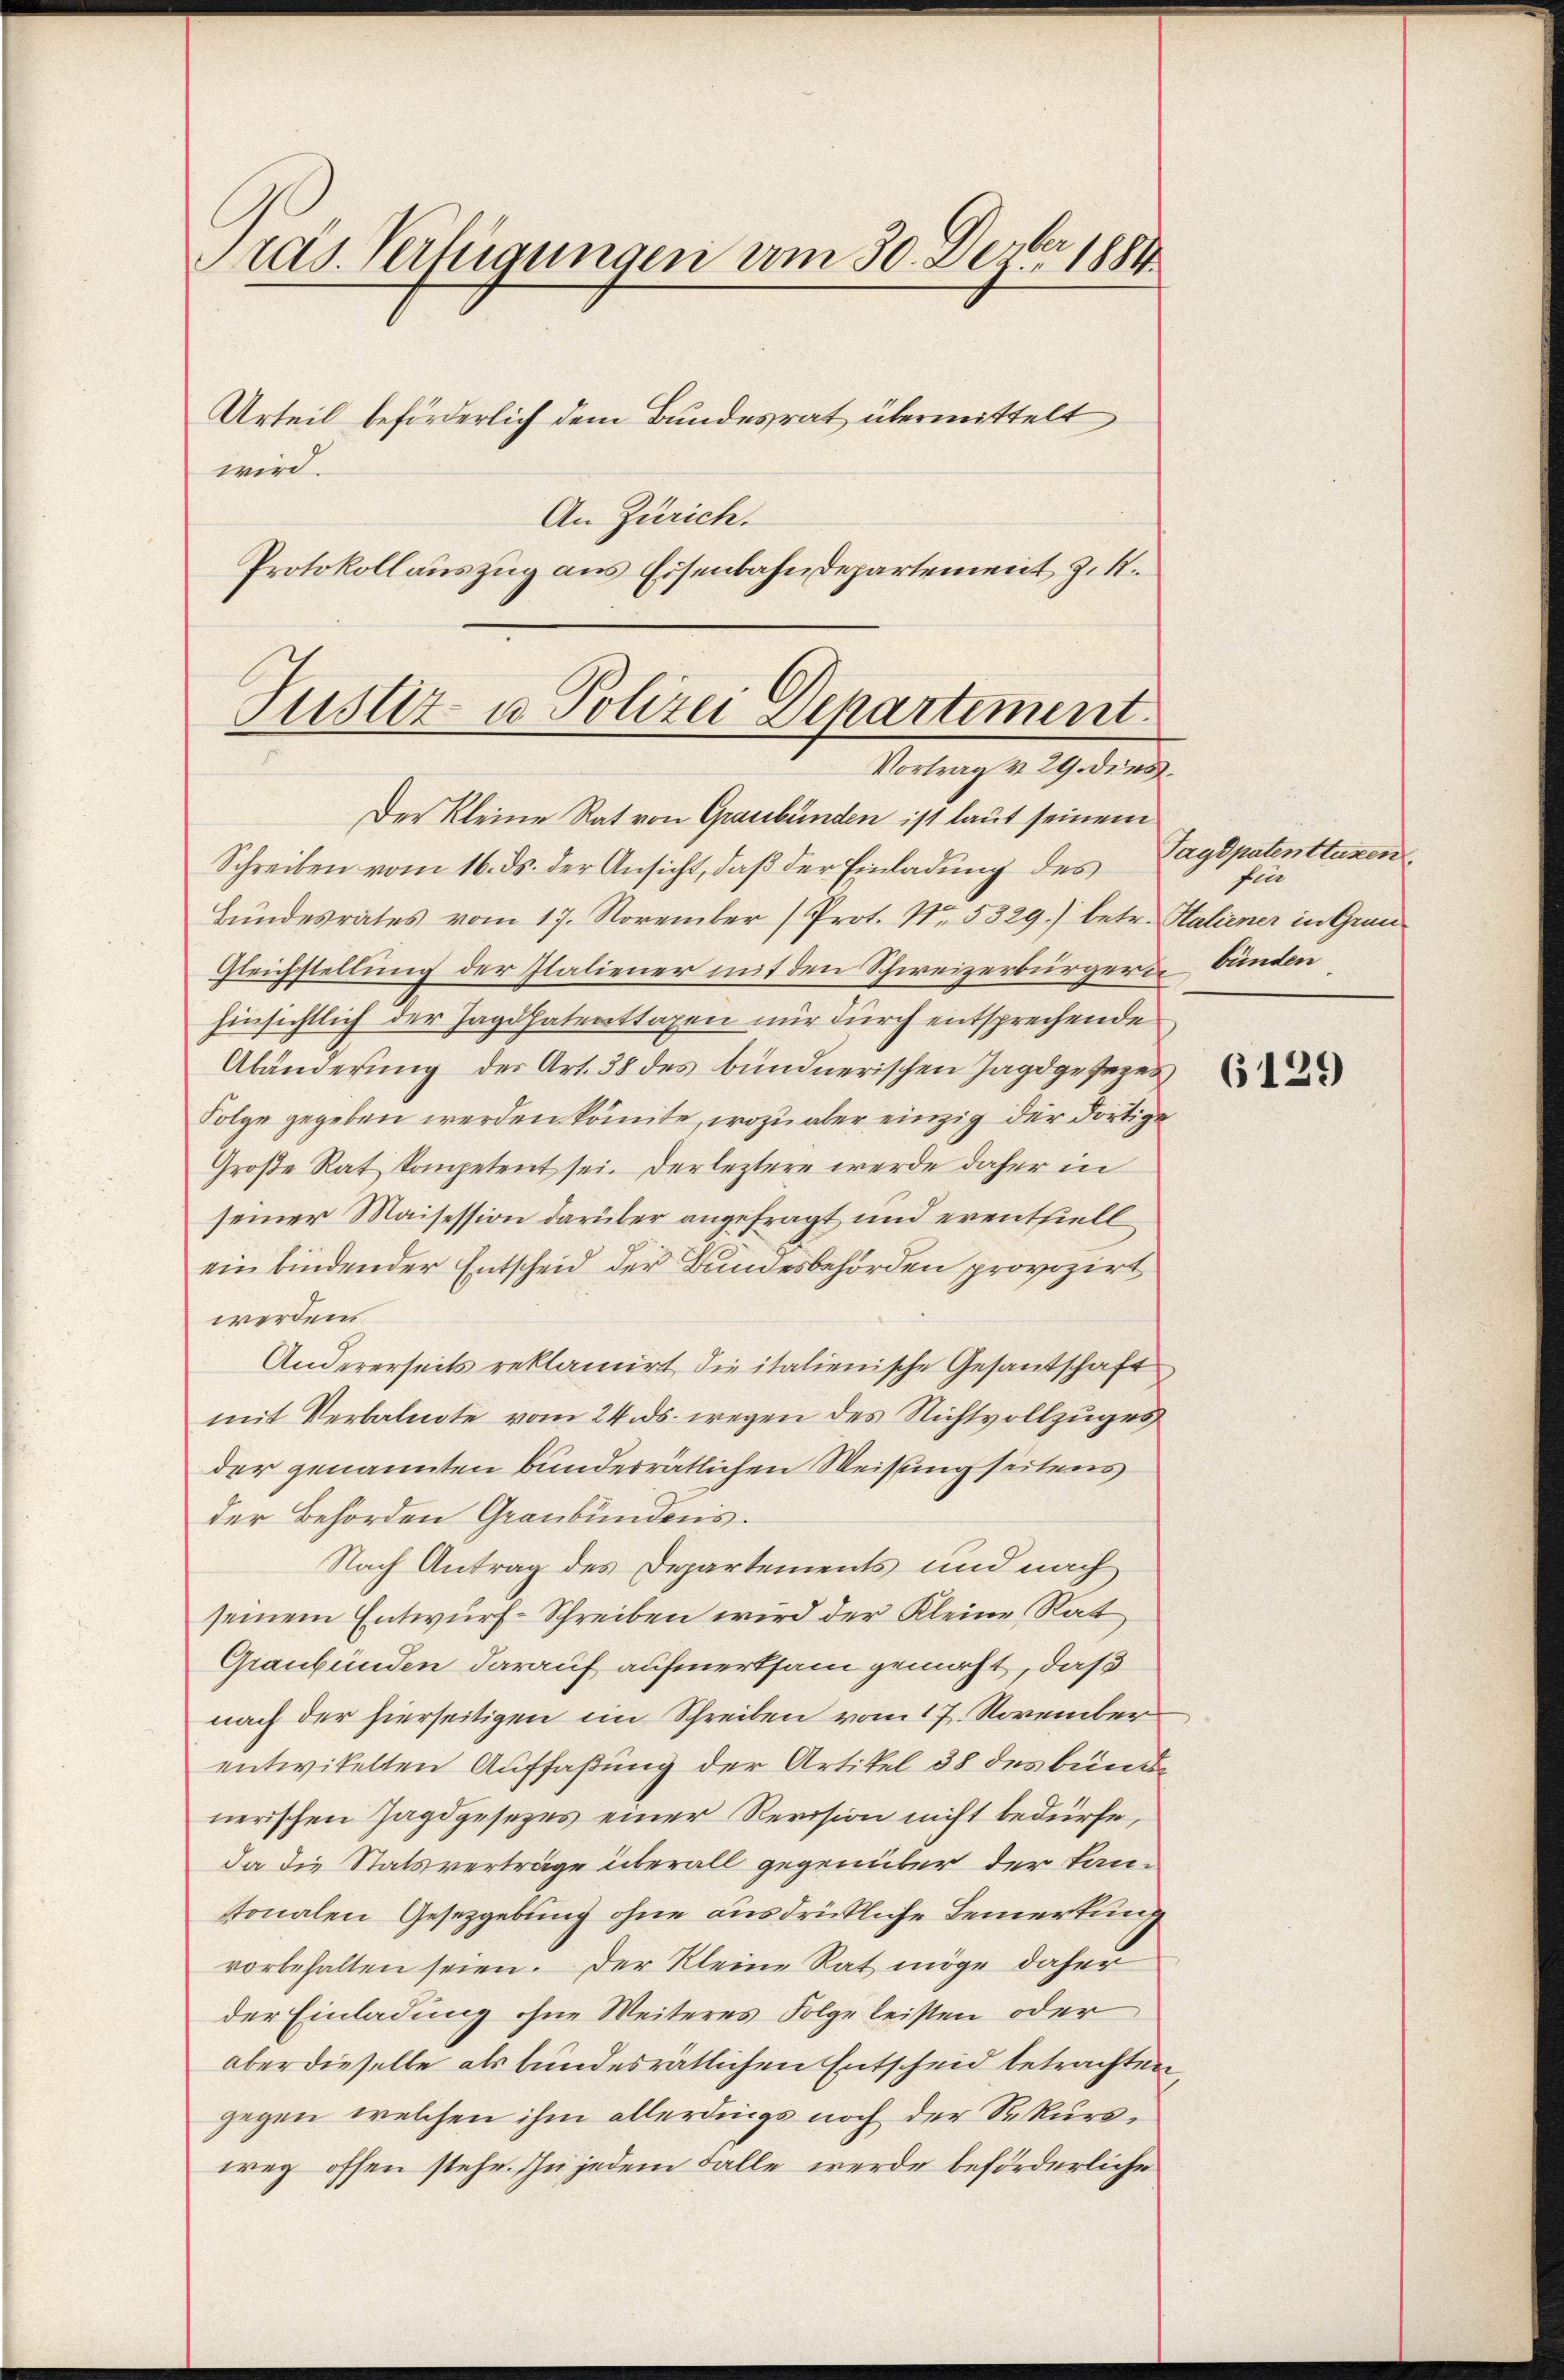
Pras. Verfügungen vom 30. Devber 1881

Urteil beförderlich dem Bundesrat übermittelt
An Zürich.
Protokollauszug aus Eisenbahndepartement z. K.
Justiz- u Polizei Departement

wird.

Vortrag v. 29. dies

Der Kleine Rat von Graubünden ist laut seinem
Schreiben vom 16. ds. der Ansicht, daß der Einladung des
Bundesrates vom 17. November (Prot. No. 5329.) betr. Haliener in Grau¬
Gleichstellung der Italiener mit den Schweizerbürgernbünden
hinsichtlich der Jagdpatenttaxen nur durch entsprechende
Abänderung der Art. 38 des bündnerischen Jagdgesezen
Folge gegeben werden könnte, wozu aber einzig der dortige
Große Rat kompetent sei. Der leztere werde daher in
seiner Maisession darüber angefragt und erentziell
ein bindender Entscheid der Bundesbehörden provozirt
werden.
Andererseits reklamirt die italienische Gesandschaft
mit Verbalnote vom 24. ds. wegen des Nichtvollzuges
der genannten bundesrätlichen Weisung seitens
der Behörden Graubündens.
Nach Antrag des Departements und nach
seinem Entwurf-Schreiben wird der Kleine Rat
Graubünden darauf aufmerksam gemacht, daß
nach der hierseitigen im Schreiben vom 17. November
entwikelten Auffaßung der Artikel 38 des bunde
nerischen Jagdgesezes einer Revision nicht bedürfe,
Da die Statsverträge überall gegenüber der Lanstonalen Gesetzgebung ohne ausdrückliche Bemerkung
vorbehalten seien. Der Kleine Rat möge daher
der Einladung ohne Weiteres Folge leisten oder
aber dieselbe als bundesrätlichen Entscheid betrachten
gegen welchen ihm allerdings noch der Sekursweg offen stehe. In jedem Falle werde beförderliche

Tagdpatenttuxen
fin

6129